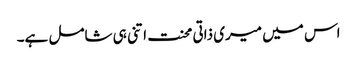
اس میں میری ذاتی محنت اتنی ہی شامل ہے۔